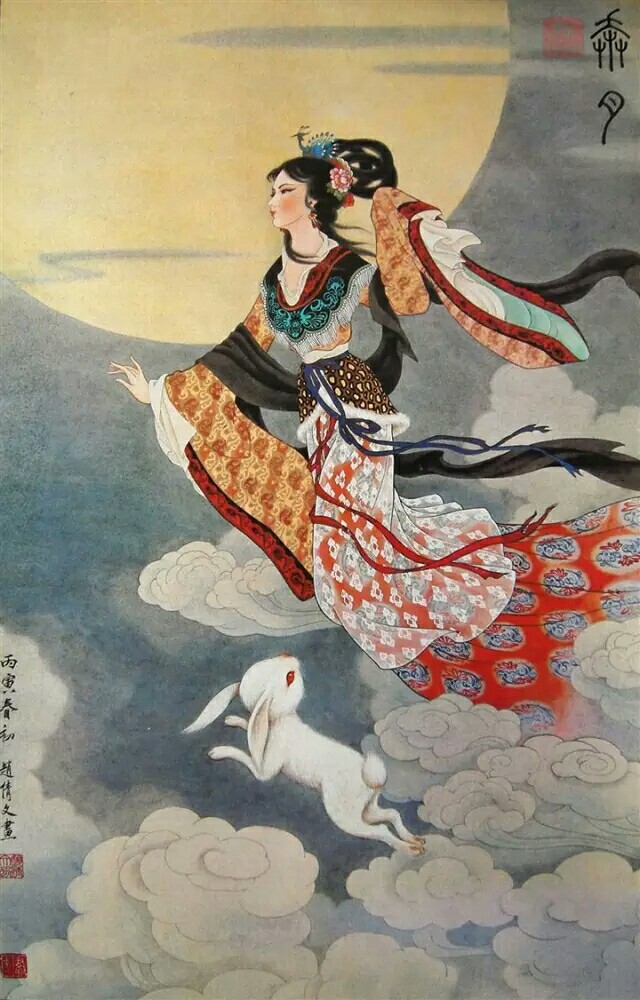
一轮秋影转金波，飞镜又重磨。